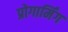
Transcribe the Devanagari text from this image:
प्रोगार्मिंग